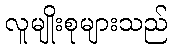
လူမျိုးစုများသည်